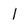
Character: 1